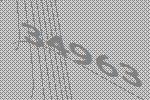
34963